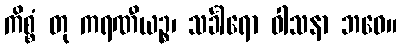
ကိစ္စံ တု ကရဏီယဉ္စ၊ သင်္ခါရော ဝါသနာ ဘဝေ။